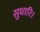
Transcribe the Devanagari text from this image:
सुधारि।